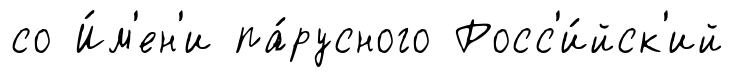
со И́м'ен'и па́русного Росс'и́йск'ий